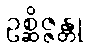
ဥစ္ဆိဇ္ဇန္တု